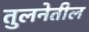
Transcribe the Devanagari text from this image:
तुलनेतील